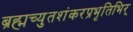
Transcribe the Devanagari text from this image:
ब्रह्मच्युतशंकरप्रभृतिभिर्‌